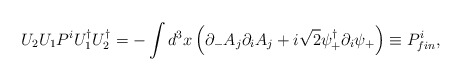
\begin{align*}U_2 U_1 P^i U_1^\dagger U_2^\dagger =- \int d^3 x \left( \partial_- A_j \partial_i A_j+i\sqrt{2} \psi^\dagger_+ \partial_i \psi_+ \right) \equiv P^i_{{fin}} ,\end{align*}